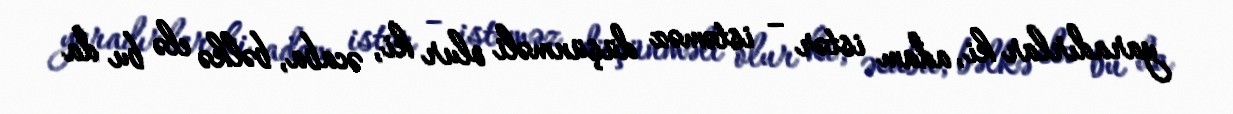
yaradırlar ki, adam istər – istəməz düşünməli olur ki, əcaba, bəlkə elə bu da